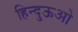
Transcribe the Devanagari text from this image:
हिन्दुऊओ